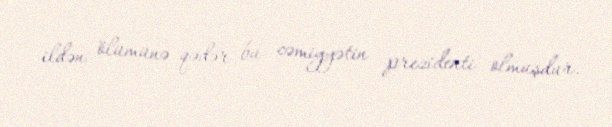
ildən ölümünə qədər bu cəmiyyətin prezidenti olmuşdur.